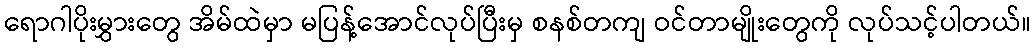
ရောဂါပိုးမွှားတွေ အိမ်ထဲမှာ မပြန့်အောင်လုပ်ပြီးမှ စနစ်တကျ ဝင်တာမျိုးတွေကို လုပ်သင့်ပါတယ်။